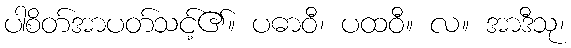
ပါစိတ်အာပတ်သင့်၏။ ပဓာဝီ၊ ပထဝီ။ လ။ အာဒီသု၊